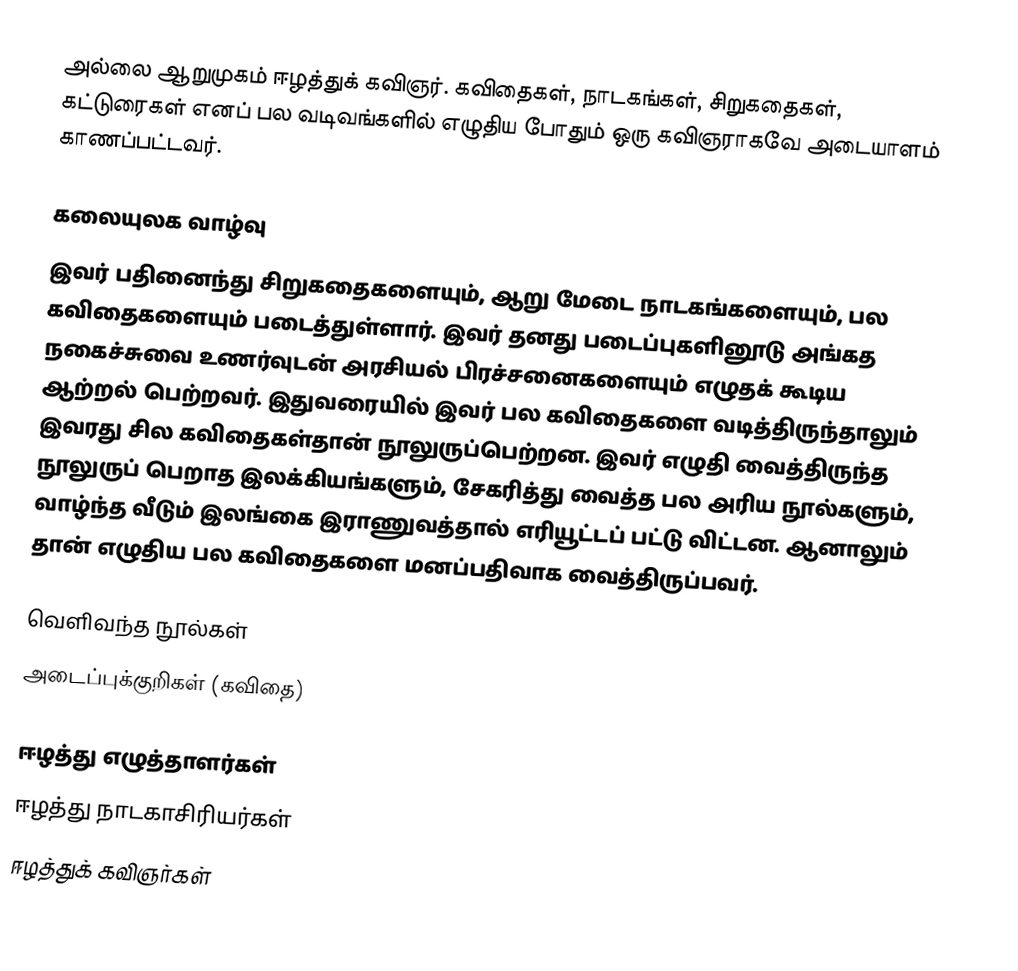
அல்லை ஆறுமுகம் ஈழத்துக் கவிஞர். கவிதைகள், நாடகங்கள், சிறுகதைகள், கட்டுரைகள் எனப் பல வடிவங்களில் எழுதிய போதும் ஒரு கவிஞராகவே அடையாளம் காணப்பட்டவர்.

கலையுலக வாழ்வு
இவர் பதினைந்து சிறுகதைகளையும், ஆறு மேடை நாடகங்களையும், பல கவிதைகளையும் படைத்துள்ளார். இவர் தனது படைப்புகளினூடு அங்கத நகைச்சுவை உணர்வுடன் அரசியல் பிரச்சனைகளையும் எழுதக் கூடிய ஆற்றல் பெற்றவர். இதுவரையில் இவர் பல கவிதைகளை வடித்திருந்தாலும் இவரது சில கவிதைகள்தான் நூலுருப்பெற்றன. இவர் எழுதி வைத்திருந்த நூலுருப் பெறாத இலக்கியங்களும், சேகரித்து வைத்த பல அரிய நூல்களும், வாழ்ந்த வீடும் இலங்கை இராணுவத்தால் எரியூட்டப் பட்டு விட்டன. ஆனாலும் தான் எழுதிய பல கவிதைகளை மனப்பதிவாக வைத்திருப்பவர்.

வெளிவந்த நூல்கள்
அடைப்புக்குறிகள் (கவிதை)

ஈழத்து எழுத்தாளர்கள்
ஈழத்து நாடகாசிரியர்கள்
ஈழத்துக் கவிஞர்கள்